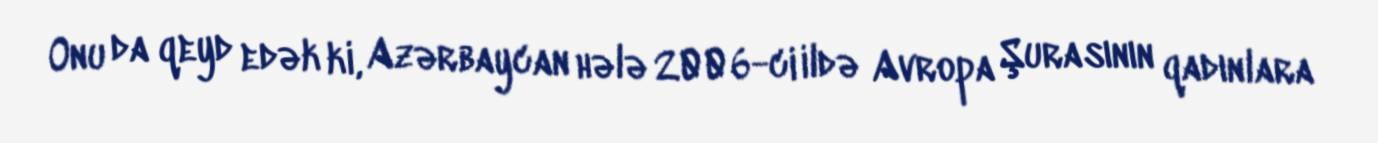
Onu da qeyd edək ki, Azərbaycan hələ 2006-ci ildə Avropa Şurasının qadınlara